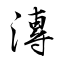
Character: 漙